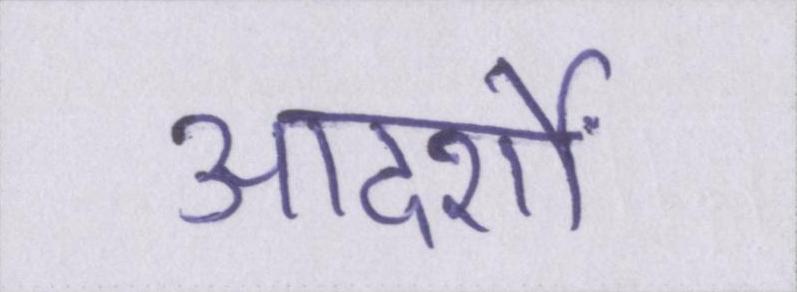
आदर्शों